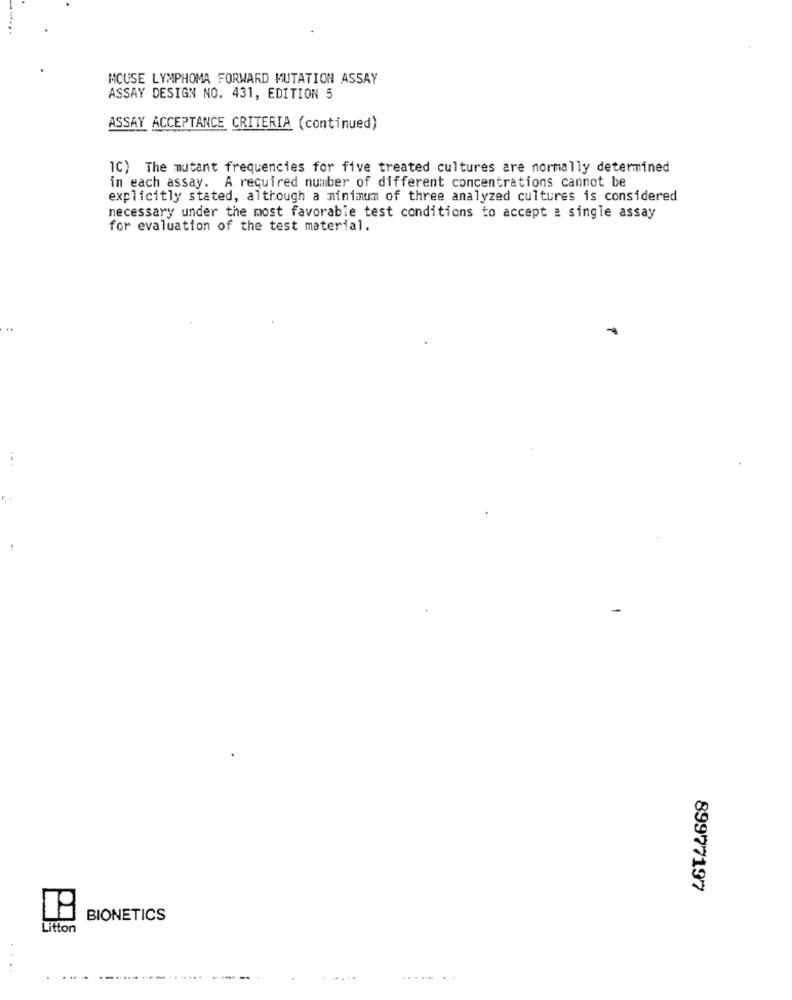
MOUSE LYMPHOMA FORWARD MUTATION ASSAY
ASSAY DESIGN NO. 431, EDITION 5
ASSAY ACCEPTANCE CRITERIA (continued)
1C) The mutant frequencies for five treated cultures are normally determined
in each assay. A required number of different concentrations cannot be
explicitly stated, although a minimum of three analyzed cultures is considered
necessary under the most favorable test conditions to accept a single assay
for evaluation of the test material.
89977197
BIONETICS
Litton
... . ........ ............
----.
.........